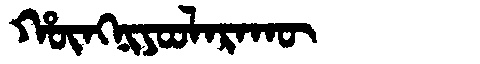
Manchu: ᡥᡡᠩᠨᡳᠶᠣᠣᠯᠠᡵᠠᡴᡡ
Romanization: HŪNGNIYOOLARAKŪ